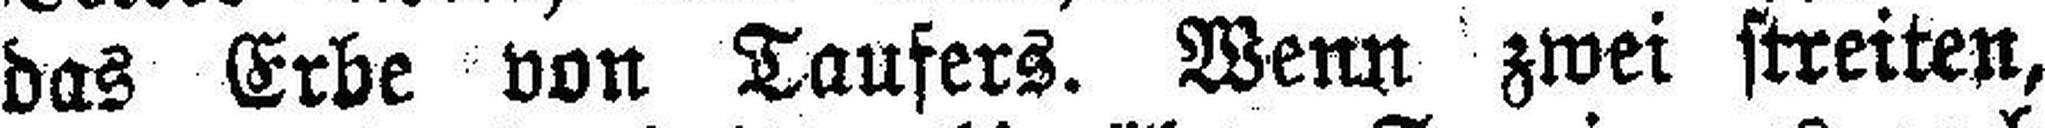
das Erbe von Taufers. Wenn zwei streiten,